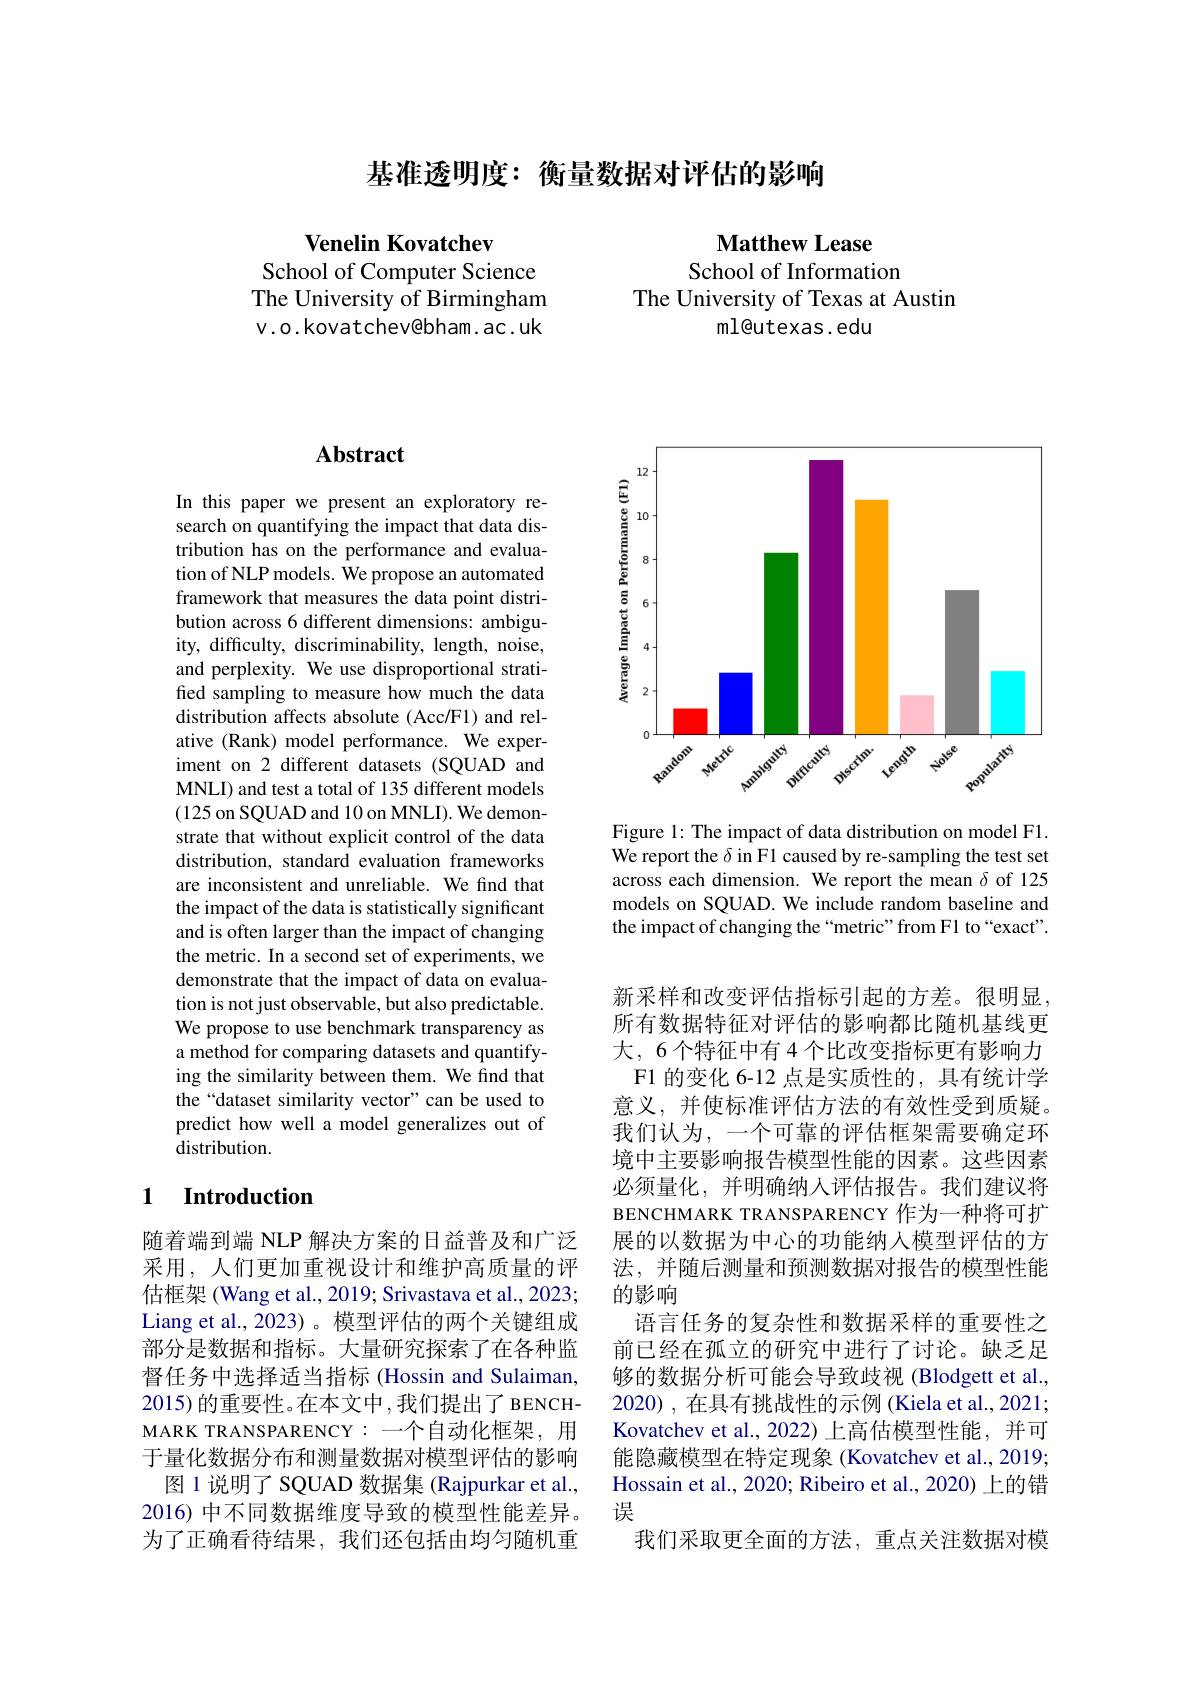
基准透明度：衡量数据对评估的影响

Venelin Kovatchev
School of Computer Science The University of Birmingham v.o.kovatchev@bham.ac.uk

Matthew Lease
School of Information
The University of Texas at Austin
ml@utexas.edu

## $\mathbf{Abstract}$

In this paper we present an exploratory research on quantifying the impact that data distribution has on the performance and evaluation of NLP models. We propose an automated framework that measures the data point distribution across 6 different dimensions: ambiguity, difficulty, discriminability, length, noise, and perplexity. We use disproportional stratified sampling to measure how much the data distribution affects absolute (Acc/F1) and relative (Rank) model performance. We experiment on 2 different datasets (SQUAD and MNLI) and test a total of 135 different models (125 on SQUAD and 10 on MNLI). We demonstrate that without explicit control of the data distribution, standard evaluation frameworks are inconsistent and unreliable. We find that the impact of the data is statistically significant and is often larger than the impact of changing the metric. In a second set of experiments, we demonstrate that the impact of data on evaluation is not just observable, but also predictable. We propose to use benchmark transparency as a method for comparing datasets and quantifying the similarity between them. We find that the“dataset similarity vector"can be used to predict how well a model generalizes out of ${\dot{d}}$stribution.

### 1 $\textbf{Introduction}$

随着端到端 NLP 解决方案的日益普及和广泛采用，人们更加重视设计和维护高质量的评估框架 (Wang et al., 2019; Srivastava et al., 2023; Liang et al., 2023)。模型评估的两个关键组成部分是数据和指标。大量研究探索了在各种监督任务中选择适当指标(Hossin and Sulaiman, 2015) 的重要性。在本文中，我们提出了 BENCHMARK TRANSPARENCY:一个自动化框架，用于量化数据分布和测量数据对模型评估的影响图 1 说明了 SQUAD 数据集 (Rajpurkar et al., 2016) 中不同数据维度导致的模型性能差异。为了正确看待结果，我们还包括由均匀随机重

<FigureHere>

Figure 1: The impact of data distribution on model F1. We report the $\delta$ in F1 caused by re-sampling the test set across each dimension. We report the mean $\delta$ of 125 models on SQUAD. We include random baseline and the impact of changing the “metric”from Fl to“exact".

新采样和改变评估指标引起的方差。很明显。所有数据特征对评估的影响都比随机基线更大，6个特征中有 4 个比改变指标更有影响力
F1 的变化 6-12 点是实质性的，具有统计学意义，并使标准评估方法的有效性受到质疑。我们认为，一个可靠的评估框架需要确定环境中主要影响报告模型性能的因素。这些因素必须量化，并明确纳入评估报告。我们建议将BENCHMARK TRANSPARENCY 作为一种将可扩展的以数据为中心的功能纳入模型评估的方法，并随后测量和预测数据对报告的模型性能的影响
语言任务的复杂性和数据采样的重要性之前已经在孤立的研究中进行了讨论。缺乏足够的数据分析可能会导致歧视 (Blodgett et al., 2020) , 在具有挑战性的示例 (Kiela et al., 2021; Kovatchev et al.,2022) 上高估模型性能，并可能隐藏模型在特定现象 (Kovatchev et al., 2019; Hossain et al., 2020; Ribeiro et al., 2020) 上的错误
我们采取更全面的方法，重点关注数据对模